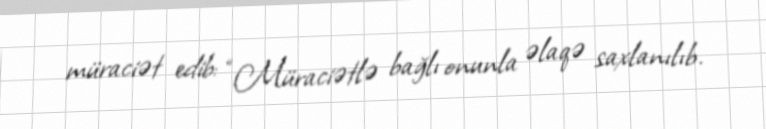
müraciət edib: “Müraciətlə bağlı onunla əlaqə saxlanılıb.